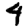
Digit: 4